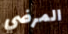
المرضي